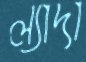
ল্যাদা